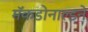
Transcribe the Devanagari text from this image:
मॅकडोनाल्डने